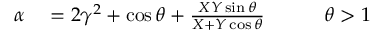
\begin{array} { r l r } { \alpha } & { { } = 2 \gamma ^ { 2 } + \cos \theta + \frac { X Y \sin \theta } { X + Y \cos \theta } \qquad } & { \theta > 1 } \end{array}